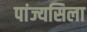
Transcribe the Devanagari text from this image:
पांज्यसिला